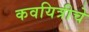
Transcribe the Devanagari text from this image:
कवयित्रीचे